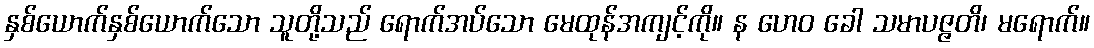
နှစ်ယောက်နှစ်ယောက်သော သူတို့သည် ရောက်အပ်သော မေထုန်အကျင့်ကို။ န ဟေဝ ခေါ သမာပဇ္ဇတိ၊ မရောက်။